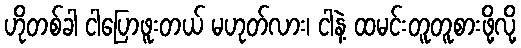
ဟိုတစ်ခါ ငါပြောဖူးတယ် မဟုတ်လား၊ ငါနဲ့ ထမင်းတူတူစားဖို့လို့